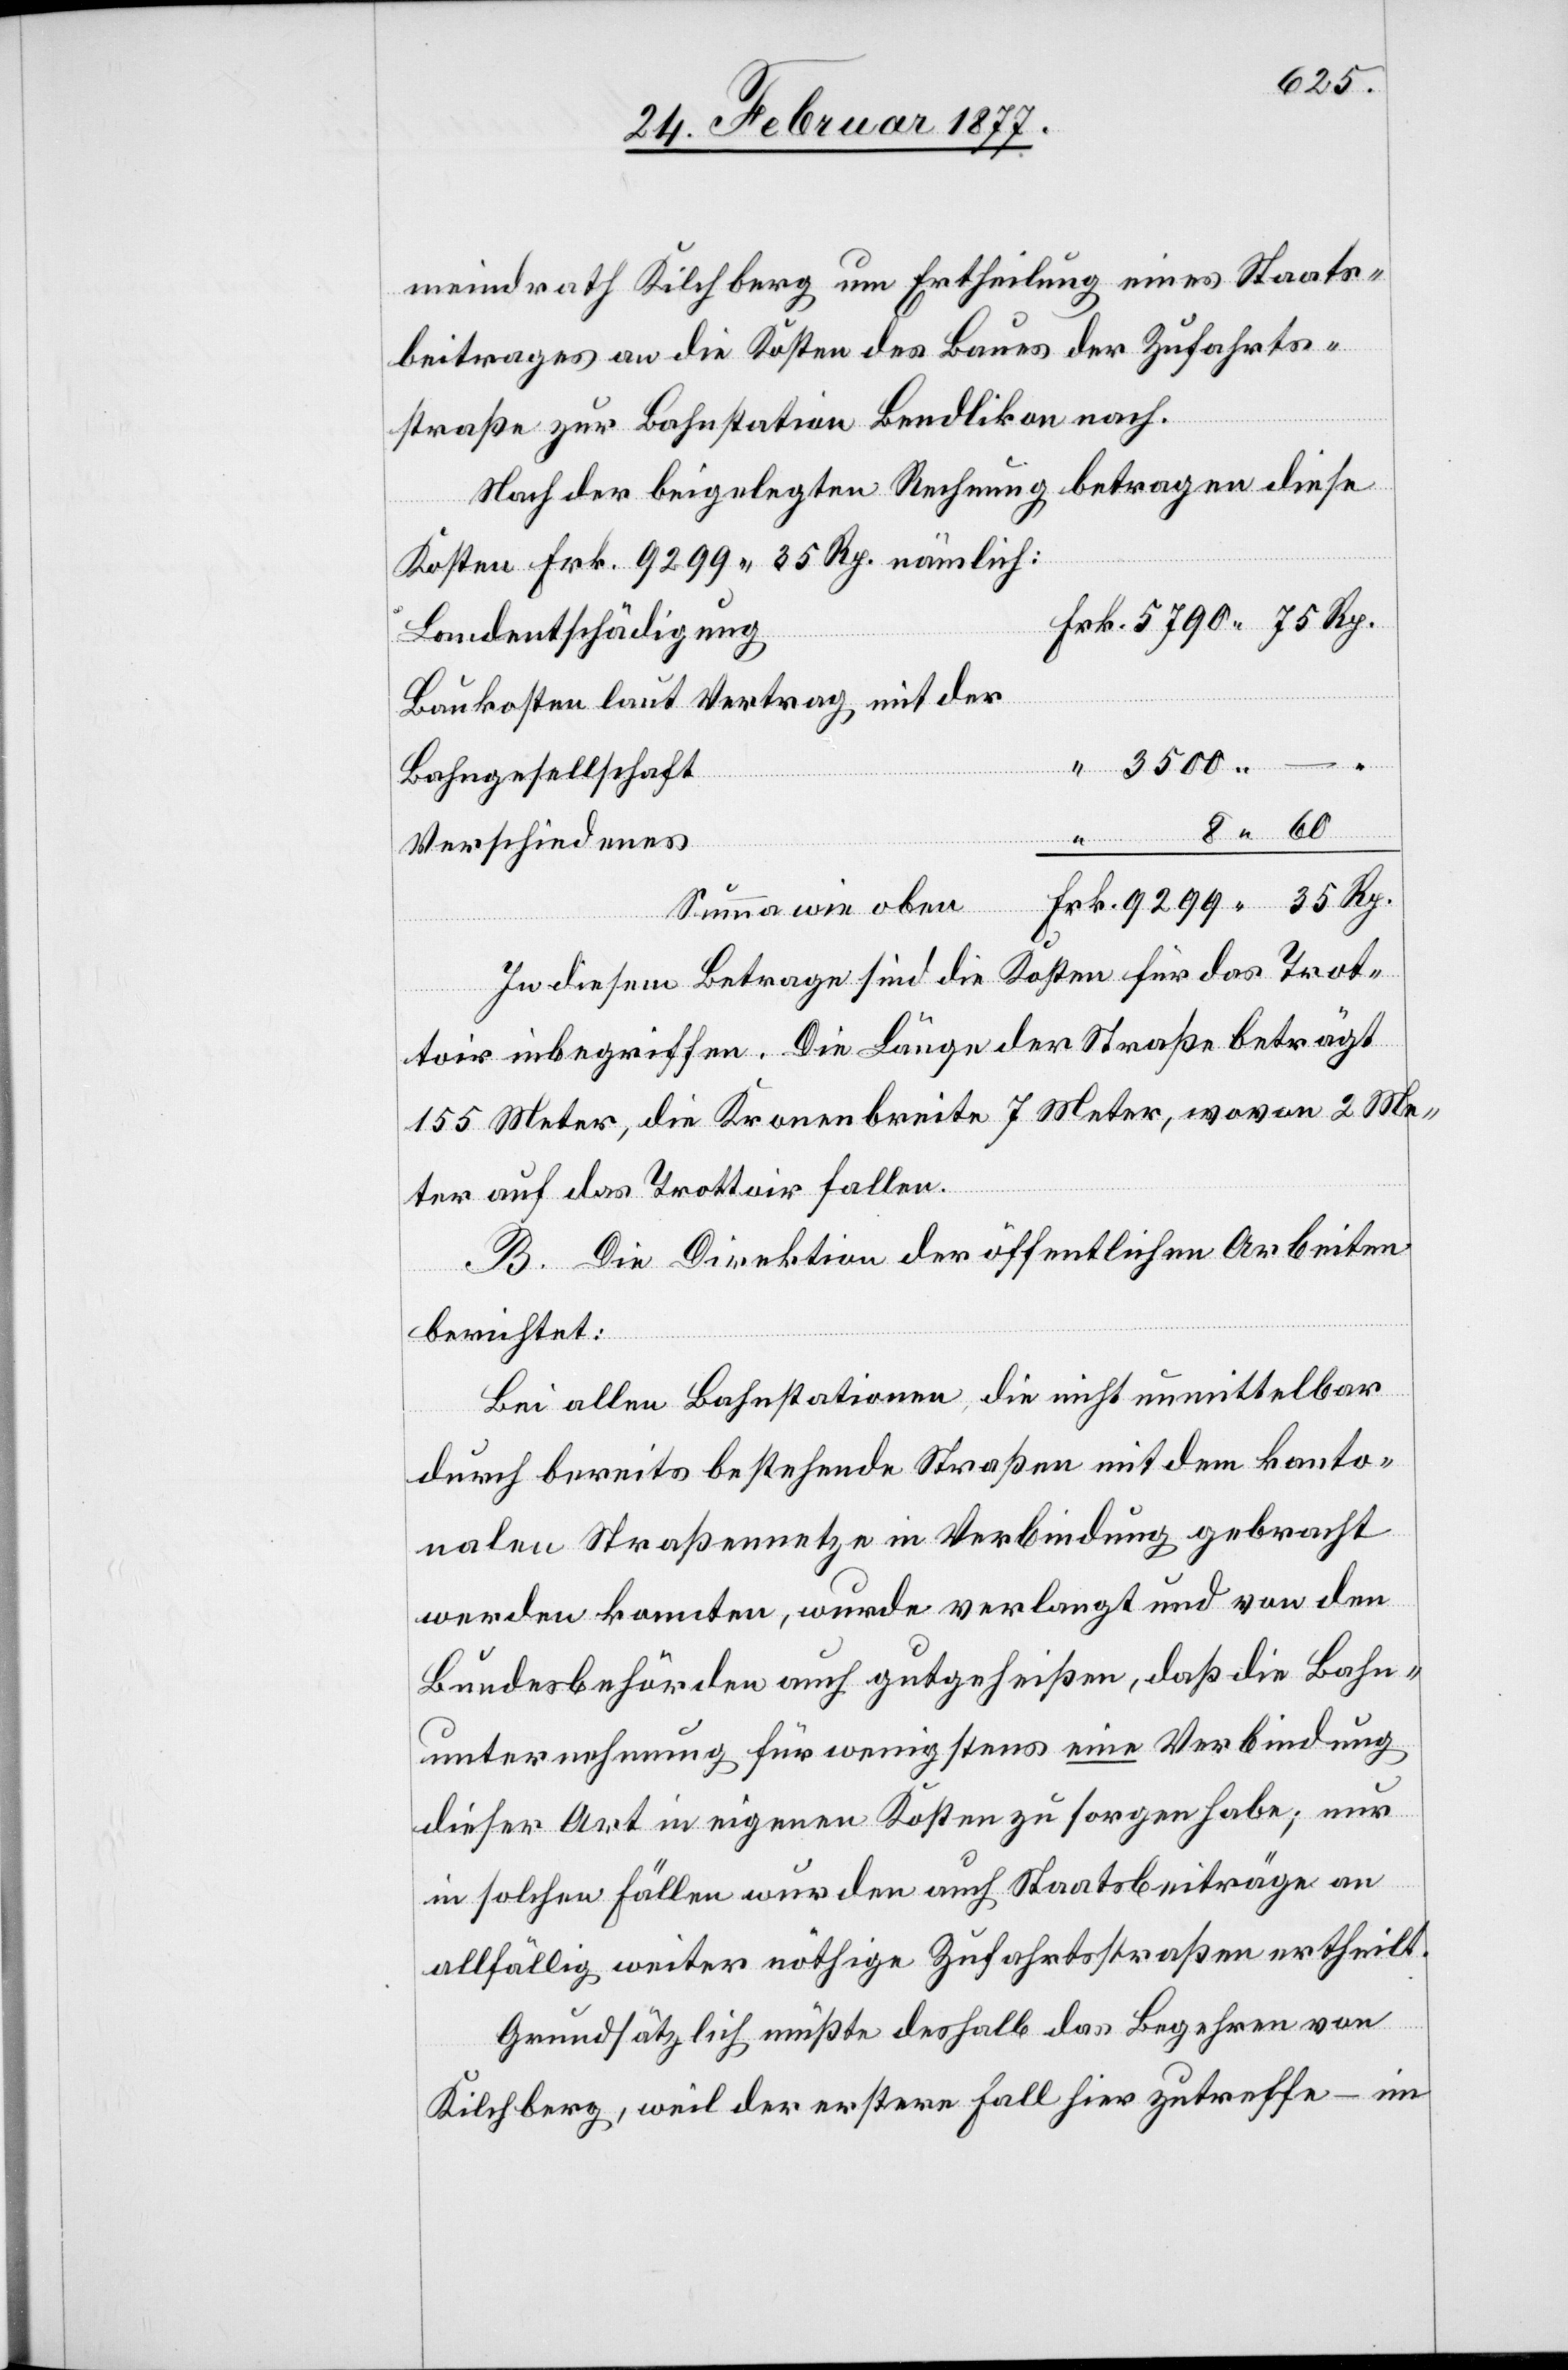
meindrath Kilchberg um Ertheilung eines Staats¬
beitrages an die Kosten des Baues der Zufahrts¬
straße zur Bahnstation Bendlikon nach.
Nach der beigelegten Rechnung betragen diese
Kosten Frk. 9299 35 Rp. nämlich:
Landentschädigung
Baukosten laut Vertrag mit der
Bahngesellschaft
Verschiedenes
Summa wie oben
In diesem Betrage sind die Kosten für das Trot¬
toir inbegriffen. Die Länge der Straße beträgt
155 Meter, die Kronenbreite 7 Meter, wovon 2 Me¬
ter auf das Trottoir fallen.
B. Die Direktion der öffentlichen Arbeiten
berichtet:
Bei allen Bahnstationen, die nicht unmittelbar
durch bereits bestehende Straßen mit dem kanto¬
nalen Straßennetze in Verbindung gebracht
werden konnten, wurde verlangt und von den
Bundesbehörden auch gutgeheißen, daß die Bahn¬
unternehmung für wenigstens eine Verbindung
dieser Art in eigenen Kosten zu sorgen habe; nur
in solchen Fällen wurden auch Staatsbeiträge an
allfällig weiter nöthige Zufahrtsstraßen ertheilt.
Grundsätzlich müßte deshalb das Begehren von
Kilchberg, weil der erstere Fall hier zutreffe – im